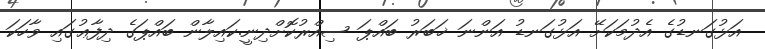
އަޅުގަނޑުގެ އެދުމަކަށޭ އަޅުގަނޑު އަންނަ ޚަބަރު ބައްޕަ ސިއްރުކޮށްދިނީ.ކައިލާން ބައްޕަގެ ދިފާޢުގައި ވާހަކަ